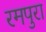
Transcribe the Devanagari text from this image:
रमपुरा